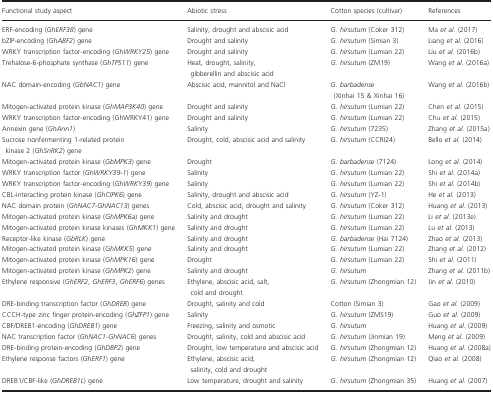
<table><thead><tr><td><b>Functional study aspect</b></td><td><b>Abiotic stress</b></td><td><b>Cotton species (cultivar)</b></td><td><b>References</b></td></tr></thead><tbody><tr><td>ERF‐encoding (<i>GhERF38</i>) gene</td><td>Salinity, drought and abscisic acid</td><td><i>G. hirsutum</i> (Coker 312)</td><td>Ma <i>et al</i>. (2017)</td></tr><tr><td>bZIP‐encoding (<i>GhABF2</i>) gene</td><td>Drought and salinity</td><td><i>G. hirsutum</i> (Simian 3)</td><td>Liang <i>et al</i>. (2016)</td></tr><tr><td>WRKY transcription factor‐encoding (<i>GhWRKY25</i>) gene</td><td>Drought and salinity</td><td><i>G. hirsutum</i> (Lumian 22)</td><td>Liu <i>et al</i>. (2016b)</td></tr><tr><td>Trehalose‐6‐phosphate synthase (<i>GhTPS11</i>) gene</td><td>Heat, drought, salinity, gibberellin and abscisic acid</td><td><i>G. hirsutum</i> (ZM19)</td><td>Wang <i>et al</i>. (2016a)</td></tr><tr><td>NAC domain‐encoding (<i>GbNAC1</i>) gene</td><td>Abscisic acid, mannitol and NaCl</td><td><i>G. barbadense</i> (Xinhai 15 &amp; Xinhai 16)</td><td>Wang <i>et al</i>. (2016b)</td></tr><tr><td>Mitogen‐activated protein kinase (<i>GhMAP3K40</i>) gene</td><td>Drought and salinity</td><td><i>G. hirsutum</i> (Lumian 22)</td><td>Chen <i>et al</i>. (2015)</td></tr><tr><td>WRKY transcription factor‐encoding (GhWRKY41) gene</td><td>Drought and salinity</td><td><i>G. hirsutum</i> (Lumian 22)</td><td>Chu <i>et al</i>. (2015)</td></tr><tr><td>Annexin gene (<i>GhAnn1</i>)</td><td>Salinity</td><td><i>G. hirsutum</i> (7235)</td><td>Zhang <i>et al</i>. (2015a)</td></tr><tr><td>Sucrose nonfermenting 1‐related protein kinase 2 (<i>GhSnRK2</i>) gene</td><td>Drought, cold, abscisic acid and salinity</td><td><i>G. hirsutum</i> (CCRI24)</td><td>Bello <i>et al</i>. (2014)</td></tr><tr><td>Mitogen‐activated protein kinase (<i>GbMPK3</i>) gene</td><td>Drought</td><td><i>G. barbadense</i> (7124)</td><td>Long <i>et al</i>. (2014)</td></tr><tr><td>WRKY transcription factor (<i>GhWRKY39‐1</i>) gene</td><td>Salinity</td><td><i>G. hirsutum</i> (Lumian 22)</td><td>Shi <i>et al</i>. (2014a)</td></tr><tr><td>WRKY transcription factor‐encoding (<i>GhWRKY39</i>) gene</td><td>Salinity</td><td><i>G. hirsutum</i> (Lumian 22)</td><td>Shi <i>et al</i>. (2014b)</td></tr><tr><td>CBL‐interacting protein kinase (<i>GhCIPK6</i>) gene</td><td>Salinity, drought and abscisic acid</td><td><i>G. hirsutum</i> (YZ‐1)</td><td>He <i>et al</i>. (2013)</td></tr><tr><td>NAC domain protein (<i>GhNAC7‐GhNAC13</i>) genes</td><td>Cold, abscisic acid, drought and salinity</td><td><i>G. hirsutum</i> (Coker 312)</td><td>Huang <i>et al</i>. (2013)</td></tr><tr><td>Mitogen‐activated protein kinase (<i>GhMPK6a</i>) gene</td><td>Salinity and drought</td><td><i>G. hirsutum</i> (Lumian 22)</td><td>Li <i>et al</i>. (2013e)</td></tr><tr><td>Mitogen‐activated protein kinase kinases (<i>GhMKK1</i>) gene</td><td>Salinity and drought</td><td><i>G. hirsutum</i> (Lumian 22)</td><td>Lu <i>et al</i>. (2013)</td></tr><tr><td>Receptor‐like kinase (<i>GbRLK</i>) gene</td><td>Salinity and drought</td><td><i>G. barbadense</i> (Hai 7124)</td><td>Zhao <i>et al</i>. (2013)</td></tr><tr><td>Mitogen‐activated protein kinase (<i>GhMKK5</i>) gene</td><td>Salinity and drought</td><td><i>G. hirsutum</i> (Lumian 22)</td><td>Zhang <i>et al</i>. (2012)</td></tr><tr><td>Mitogen‐activated protein kinase (<i>GhMPK16</i>) gene</td><td>Drought</td><td><i>G. hirsutum</i> (Lumian 22)</td><td>Shi <i>et al</i>. (2011)</td></tr><tr><td>Mitogen‐activated protein kinase (<i>GhMPK2</i>) gene</td><td>Salinity and drought</td><td><i>G. hirsutum</i></td><td>Zhang <i>et al</i>. (2011b)</td></tr><tr><td>Ethylene responsive (<i>GhERF2</i>,<i> GhERF3</i>,<i> GhERF6</i>) genes</td><td>Ethylene, abscisic acid, salt, cold and drought</td><td><i>G. hirsutum</i> (Zhongmian 12)</td><td>Jin <i>et al</i>. (2010)</td></tr><tr><td>DRE‐binding transcription factor (<i>GhDREB</i>) gene</td><td>Drought, salinity and cold</td><td>Cotton (Simian 3)</td><td>Gao <i>et al</i>. (2009)</td></tr><tr><td>CCCH‐type zinc finger protein‐encoding (<i>GhZFP1</i>) gene</td><td>Salinity</td><td><i>G. hirsutum</i> (ZMS19)</td><td>Guo <i>et al</i>. (2009)</td></tr><tr><td>CBF/DREB1‐encoding (<i>GhDREB1</i>) gene</td><td>Freezing, salinity and osmotic</td><td><i>G. hirsutum</i></td><td>Huang <i>et al</i>. (2009)</td></tr><tr><td>NAC transcription factor (<i>GhNAC1‐GhNAC6</i>) genes</td><td>Drought, salinity, cold and abscisic acid</td><td><i>G. hirsutum</i> (Jinmian 19)</td><td>Meng <i>et al</i>. (2009)</td></tr><tr><td>DRE‐binding protein‐encoding (<i>GhDBP2</i>) gene</td><td>Drought, low temperature and abscisic acid</td><td><i>G. hirsutum</i> (Zhongmian 12)</td><td>Huang <i>et al</i>. (2008a)</td></tr><tr><td>Ethylene response factors (<i>GhERF1</i>) gene</td><td>Ethylene, abscisic acid, salinity, cold and drought</td><td><i>G. hirsutum</i> (Zhongmian 12)</td><td>Qiao <i>et al</i>. (2008)</td></tr><tr><td>DREB1/CBF‐like (<i>GhDREB1L</i>) gene</td><td>Low temperature, drought and salinity</td><td><i>G. hirsutum</i> (Zhongmian 35)</td><td>Huang <i>et al</i>. (2007)</td></tr></tbody></table>